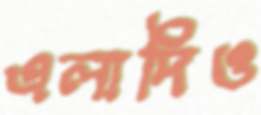
এলাদিও